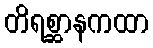
တိရစ္ဆာနကထာ